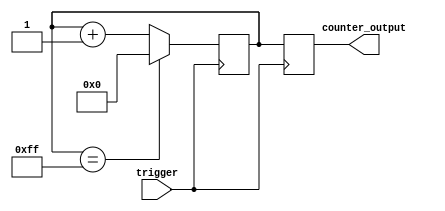
module counter_circuit (
    input trigger,
    output reg [7:0] counter_output
);

reg [7:0] counter;

always @(posedge trigger) begin
    if (counter == 8'hFF) begin
        counter <= 8'h00;
    end else begin
        counter <= counter + 8'h01;
    end
end

always @(posedge trigger) begin
    counter_output <= counter;
end

endmodule